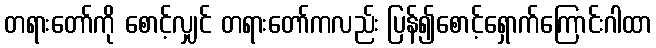
တရားတော်ကို စောင့်လျှင် တရားတော်ကလည်း ပြန်၍စောင့်ရှောက်ကြောင်းဂါထာ